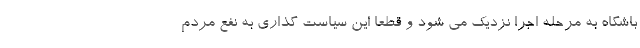
باشگاه به مرحله اجرا نزدیک می شود و قطعا این سیاست گذاری به نفع مردم